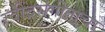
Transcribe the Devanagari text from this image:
रवींद्रसंगीताचा